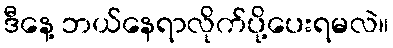
ဒီနေ့ ဘယ်နေရာလိုက်ပို့ပေးရမလဲ။